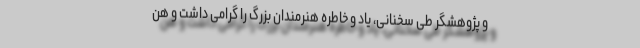
و پژوهشگر طی سخنانی، یاد و خاطره هنرمندان بزرگ را گرامی داشت و هن